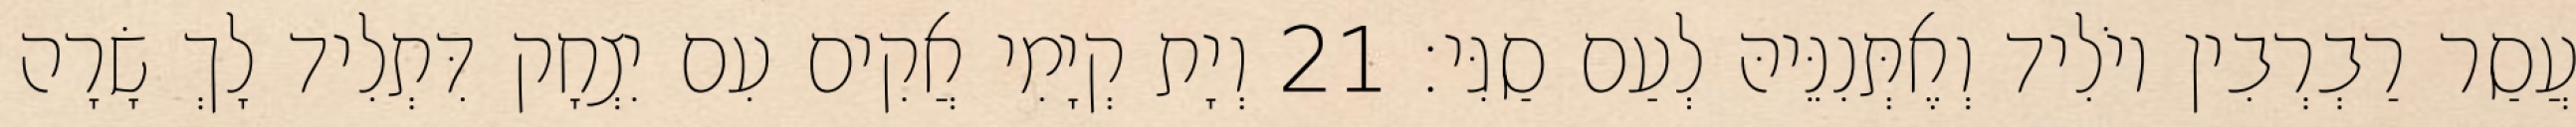
עֲסַר רַבְרְבִין יוֹלִיד וְאֶתְּנִנֵּיהּ לְעַם סַגִּי׃ 21 וְיָת קְיָמִי אֲקִים עִם יִצְחָק דִּתְלִיד לָךְ שָׂרָה